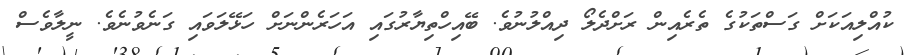
ކުއްލިއަކަށް ގަސްތަކުގެ ތެރެއިން ރަށްދެލޯ ދިއްލުނުވެ. ބޭއިހްތިޔާރުގައި އަހަރެންނަށް ހަޅޭލަވައި ގަނެވުނެވެ. ނީލާވެސް